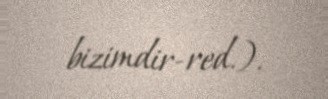
bizimdir-red.).